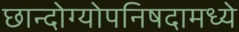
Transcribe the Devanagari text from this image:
छान्दोग्योपनिषदामध्ये